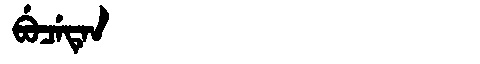
Manchu: ᠪᡠᠴᡝᡨᡝᠨ
Romanization: BUCETEN